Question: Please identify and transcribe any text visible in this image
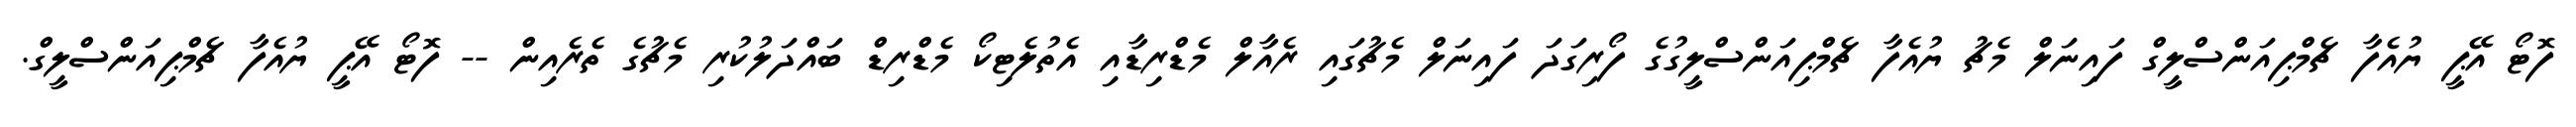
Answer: ފޮޓޯ އޭޕީ ޔުއެފާ ޗެމްޕިއަންސްލީގް ފައިނަލް މެޗު ޔުއެފާ ޗެމްޕިއަންސްލީގުގެ ފޯރިގަދަ ފައިނަލް މެޗުގައި ރެއާލް މެޑްރިޑާއި އެތުލެޓިކޯ މެޑްރިޑް ބައްދަލުކުރި މެޗުގެ ތެރެއިން -- ފޮޓޯ އޭޕީ ޔުއެފާ ޗެމްޕިއަންސްލީގް.